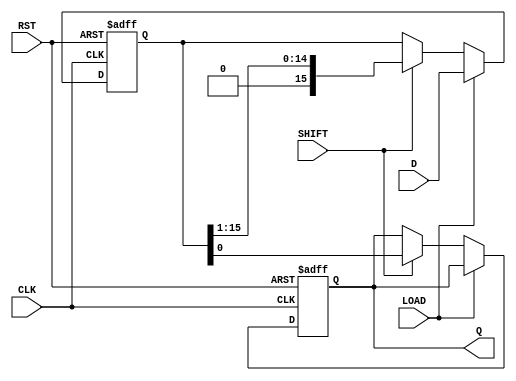
module PISO_Register (
    input wire [15:0] D,      // 16-bit parallel data input
    input wire LOAD,          // Load control signal
    input wire SHIFT,         // Shift control signal
    input wire CLK,           // Clock signal
    input wire RST,           // Asynchronous reset signal
    output reg Q              // Serial output
);

    reg [15:0] shift_reg;     // 16-bit shift register

    // Asynchronous reset and data loading
    always @(posedge CLK or posedge RST) begin
        if (RST) begin
            shift_reg <= 16'b0; // Clear the register on reset
            Q <= 1'b0;          // Clear the serial output
        end else begin
            if (LOAD) begin
                shift_reg <= D; // Load data into the shift register
            end else if (SHIFT) begin
                Q <= shift_reg[0]; // Output the least significant bit
                shift_reg <= {1'b0, shift_reg[15:1]}; // Shift right
            end
        end
    end

endmodule